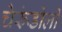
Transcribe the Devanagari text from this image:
चेरूंडोलो